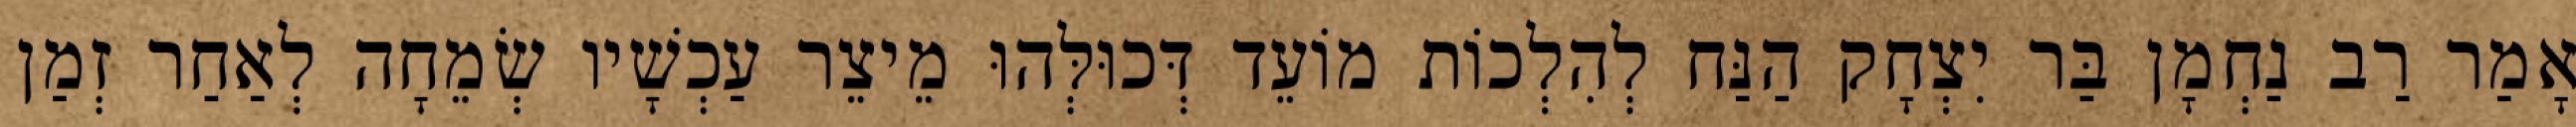
אָמַר רַב נַחְמָן בַּר יִצְחָק הַנַּח לְהִלְכוֹת מוֹעֵד דְּכוּלְּהוּ מֵיצֵר עַכְשָׁיו שְׂמֵחָה לְאַחַר זְמַן